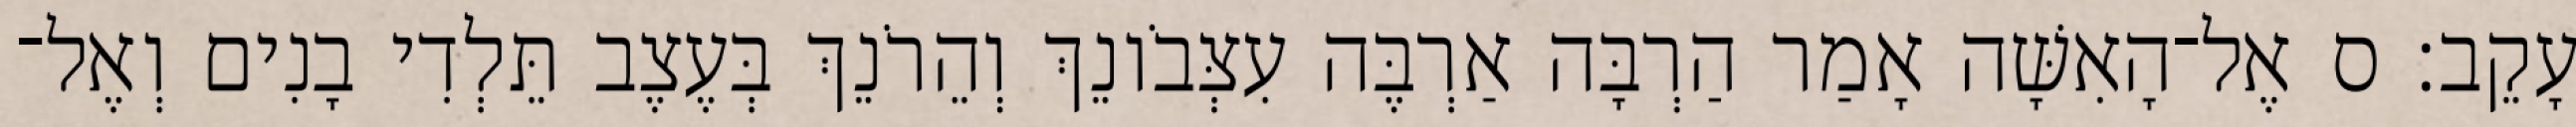
עָקֵב׃ ס אֶל־הָאִשָּׁה אָמַר הַרְבָּה אַרְבֶּה עִצְּבֹונֵךְ וְהֵרֹנֵךְ בְּעֶצֶב תֵּלְדִי בָנִים וְאֶל־